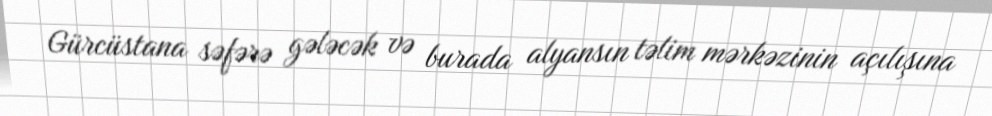
Gürcüstana səfərə gələcək və burada alyansın təlim mərkəzinin açılışına